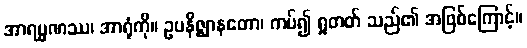
အာရမ္မဏဿ၊ အာရုံကို။ ဥပနိဇ္ဈာနတော၊ ကပ်၍ ရှုတတ် သည်၏ အဖြစ်ကြောင့်။